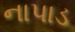
નાપાડ